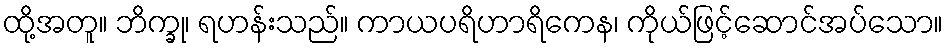
ထို့အတူ။ ဘိက္ခု၊ ရဟန်းသည်။ ကာယပရိဟာရိကေန၊ ကိုယ်ဖြင့်ဆောင်အပ်သော။